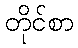
တိုင်စာ